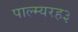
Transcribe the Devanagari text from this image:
पाल्म्यरह३